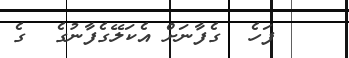
ފަހެ  ގެފާނަށް އެކަލޭގެފާނުގެ  ގެ